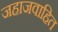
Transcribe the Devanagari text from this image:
जहाजवाहित